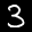
Label: 3